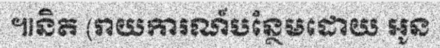
៕និត (រាយការណ៍បន្ថែមដោយ អូន